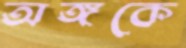
অঙ্গকে